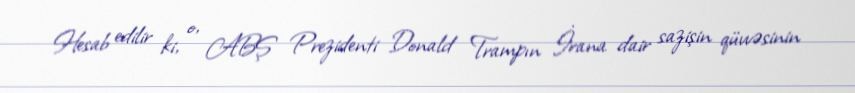
Hesab edilir ki, o, ABŞ Prezidenti Donald Trampın İrana dair sazişin qüvvəsinin